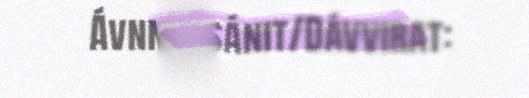
Ávnnassánit/Dávvirat: